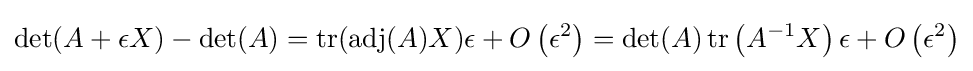
\det(A+\epsilon X)-\det(A)=\operatorname {tr} (\operatorname {adj} (A)X)\epsilon +O\left(\epsilon ^{2}\right)=\det(A)\operatorname {tr} \left(A^{-1}X\right)\epsilon +O\left(\epsilon ^{2}\right)